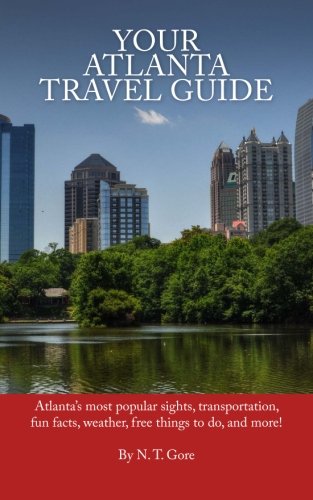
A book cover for Your Atlanta Travel Guide; N. T. Gore; Travel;